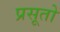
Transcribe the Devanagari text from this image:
प्रसूतो